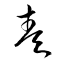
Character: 奏